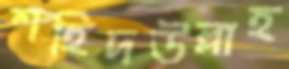
শহিদউল্লাহ